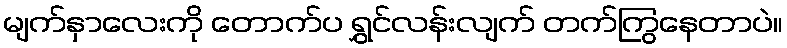
မျက်နှာလေးကို တောက်ပ ရွှင်လန်းလျက် တက်ကြွနေတာပဲ။